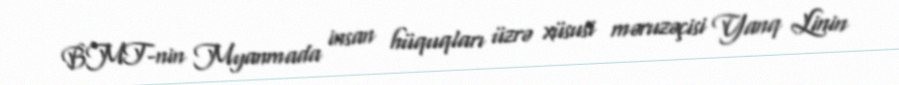
BMT-nin Myanmada insan hüquqları üzrə xüsusi məruzəçisi Yanq Linin